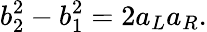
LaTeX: b_{2}^{2}-b_{1}^{2}=2a_{L}a_{R}.